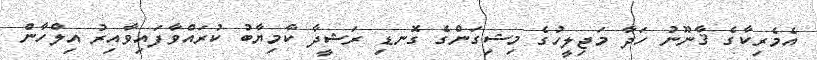
އެމެރިކާގެ ޤާނޫނު ހަދާ މަޖިލީހުގެ މިޝިގަންގެ ގޮނޑި ރަޝީދާ ކާމިޔާބު ކުރައްވާފައިވާއިރު އިލްހާން